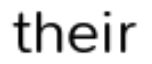
their